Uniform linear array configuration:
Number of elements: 8
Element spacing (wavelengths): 1
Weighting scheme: hann
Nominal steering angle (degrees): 0
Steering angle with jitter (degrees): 1.261
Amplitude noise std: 0.05
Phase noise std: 0.05

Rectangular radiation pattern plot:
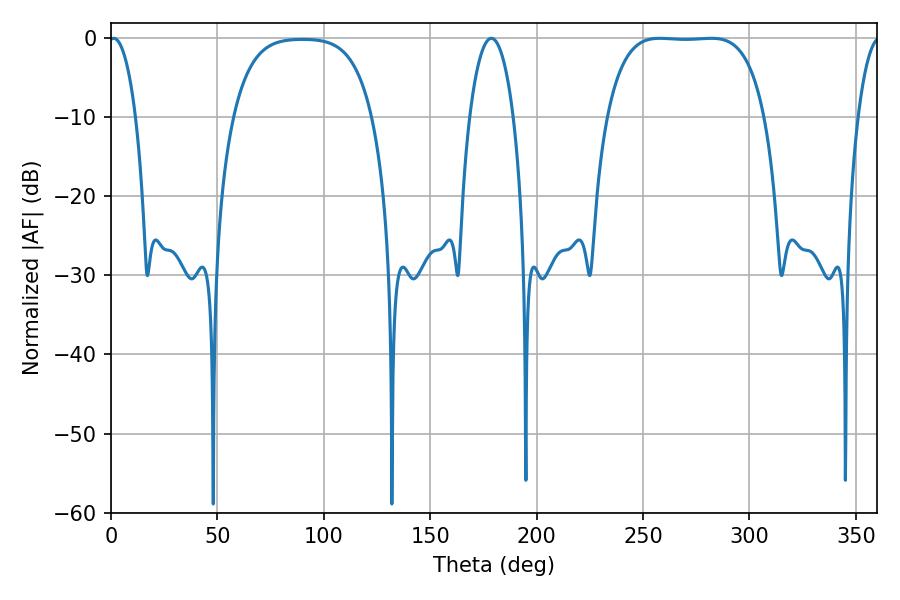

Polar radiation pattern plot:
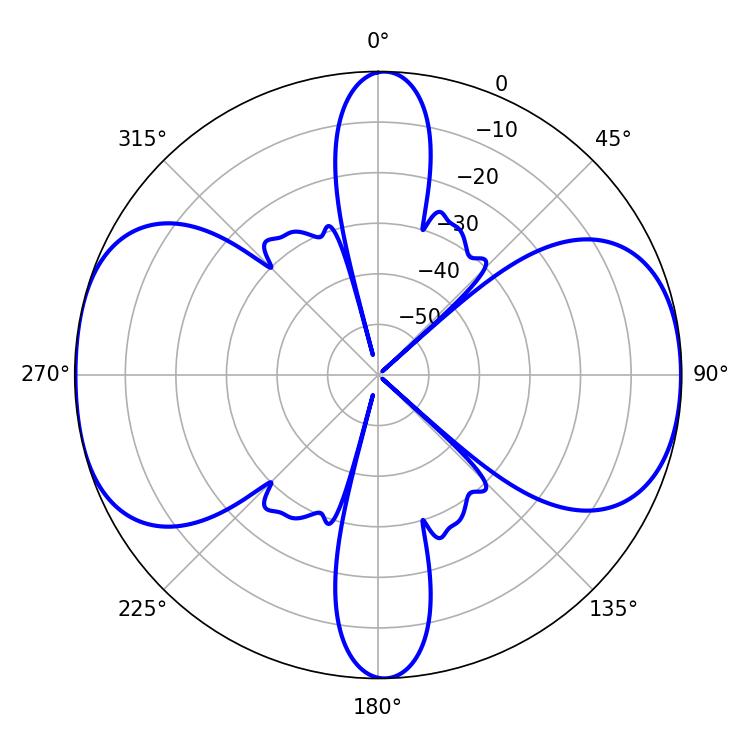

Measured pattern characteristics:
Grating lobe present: TRUE
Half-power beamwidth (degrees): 57.6
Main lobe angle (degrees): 282.06